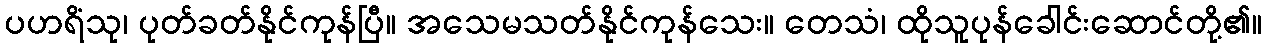
ပဟရိံသု၊ ပုတ်ခတ်နိုင်ကုန်ပြီ။ အသေမသတ်နိုင်ကုန်သေး။ တေသံ၊ ထိုသူပုန်ခေါင်းဆောင်တို့၏။